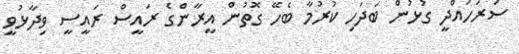
ސަރަހައްދީ ގުޅުން ބަދަހި ކުރުމާ ބެހޭ ގޮތުން އީރާންގެ ރައީސް ރައީސީ ވިދާޅުވީ